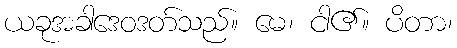
ယခုအခါဒေဝဒတ်သည်။ မေ၊ ငါ၏။ ပိတာ၊